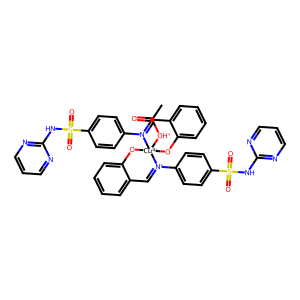
SMILES: CC(=O)[OH+][Cu-4]12(Oc3ccccc3C=[N+]1c1ccc(S(=O)(=O)Nc3ncccn3)cc1)Oc1ccccc1C=[N+]2c1ccc(S(=O)(=O)Nc2ncccn2)cc1
Inhibits HIV replication: No